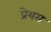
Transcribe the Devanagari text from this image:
प्रेयस